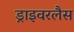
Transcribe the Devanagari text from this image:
ड्राइवरलैस